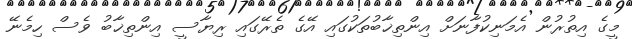
މީގެ އިތުރުން އެމަނިކުފާނަށް އިންތިޚާބުތަކުގައި އޭގެ ތެރޭގައި ރިޔާސީ އިންތިޚާބު ވެސް ހިމެނޭ